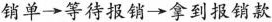
销单 \rightarrow 等待报销 \rightarrow 拿到报销款